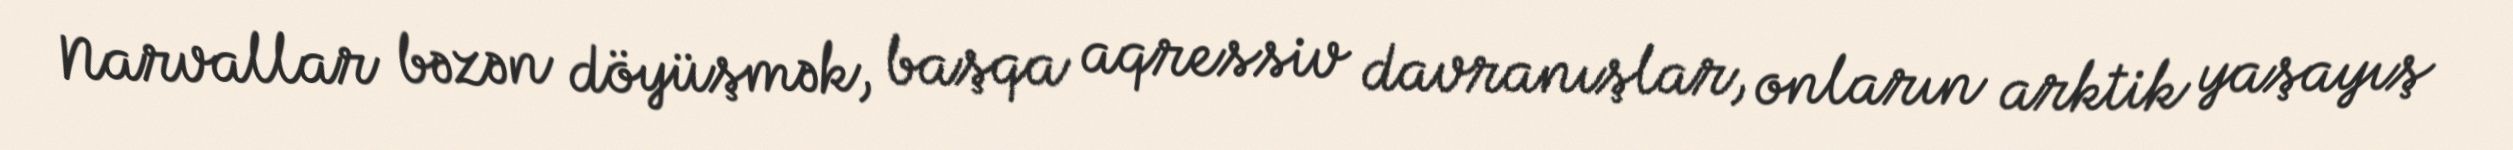
Narvallar bəzən döyüşmək, başqa aqressiv davranışlar, onların arktik yaşayış